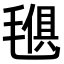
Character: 𣯒